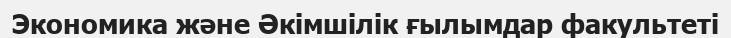
Экономика және Әкімшілік ғылымдар факультеті